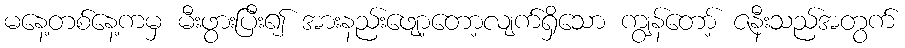
မနေ့တစ်နေ့ကမှ မီးဖွားပြီး၍ အားနည်းဖျော့တော့လျက်ရှိသော ကျွန်တော့် ဇနီးသည်အတွက်